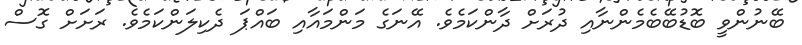
ބޭނުންވީ ބޮޑުބޭބެމެންނާއި ދުރަށް ދާންކަމެވެ. އޭނަގެ މަންމައާއި ބައްޕަ ދެކިލަންކަމެވެ. ރަށަށް ގޮސް